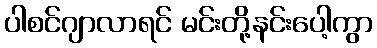
ပါစင်ဂျာလာရင် မင်းတို့နင်းပေါ့ကွာ